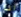
انا